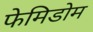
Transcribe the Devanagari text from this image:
फेमिडोम